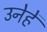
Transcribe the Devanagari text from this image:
उनेहें